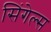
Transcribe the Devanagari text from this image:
सिंगेल्स